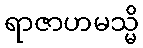
ရာဇာဟမသ္မိ